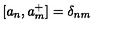
[ a _ { n } , a _ { m } ^ { + } ] = \delta _ { n m }